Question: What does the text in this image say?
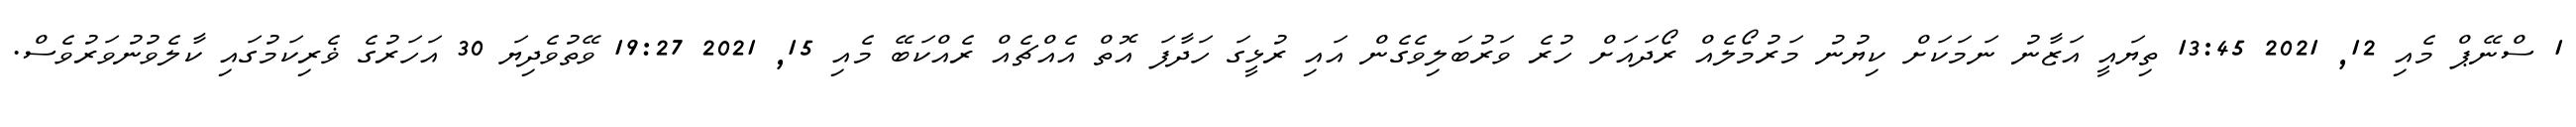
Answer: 1 ސްނޭޕް މެއި 12, 2021 13:45 ތިޔައީ އަޒާނު ނަމަކަށް ކިޔުނު މަރުމޯލެއް ރޯދައަށް ހުރެ ވަރުބަލިވެގެން އައި ރުޅީގަ ހަދާފަ އޮތް އެއްޗެއް ރެއްކަބޭ މެއި 15, 2021 19:27 ވޭތުވެދިޔަ 30 އަހަރުގެ ޥެރިކަމުގައި ކާލެވުނުވަރުވެސް.